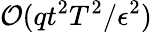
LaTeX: \mathcal{O}(qt^{2}T^{2}/\epsilon^{2})